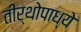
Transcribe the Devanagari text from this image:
तीर्थोपाध्ये